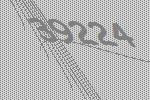
39224